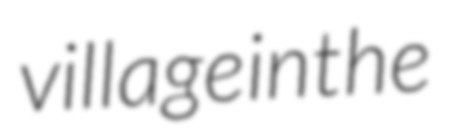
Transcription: village in the